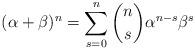
LaTeX: \begin{align*} (\alpha+\beta)^n = \sum_{s=0}^{n}{{n}\choose{s}}\alpha^{n-s}\beta^s\end{align*}